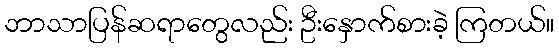
ဘာသာပြန်ဆရာတွေလည်း ဦးနှောက်စားခဲ့ ကြတယ်။